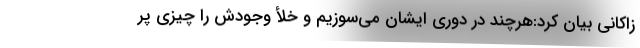
زاکانی بیان کرد:هرچند در دوری ایشان می‌سوزیم و خلأ وجودش را چیزی پر